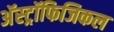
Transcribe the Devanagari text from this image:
अॅस्ट्रॉफिजिकल